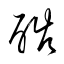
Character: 酷